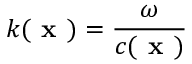
k ( \textbf { x } ) = \frac { \omega } { c ( \textbf { x } ) }